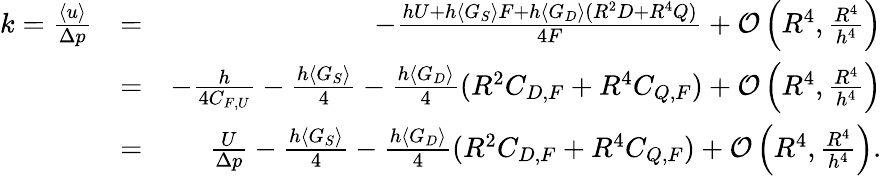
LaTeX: \begin{array}{rlr}{k=\frac{\langle u\rangle}{\Delta p}}&{=}&{-\frac{hU+h\langle G_{S}\rangle F+h\langle G_{D}\rangle(R^{2}D+R^{4}Q)}{4F}+\mathcal{O}\left(R^{4},\frac{R^{4}}{h^{4}}\right)}\\ &{=}&{-\frac{h}{4C_{F,U}}-\frac{h\langle G_{S}\rangle}{4}-\frac{h\langle G_{D}\rangle}{4}(R^{2}C_{D,F}+R^{4}C_{Q,F})+\mathcal{O}\left(R^{4},\frac{R^{4}}{h^{4}}\right)}\\ &{=}&{\frac{U}{\Delta p}-\frac{h\langle G_{S}\rangle}{4}-\frac{h\langle G_{D}\rangle}{4}(R^{2}C_{D,F}+R^{4}C_{Q,F})+\mathcal{O}\left(R^{4},\frac{R^{4}}{h^{4}}\right).}\end{array}